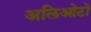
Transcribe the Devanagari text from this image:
अलिओटो